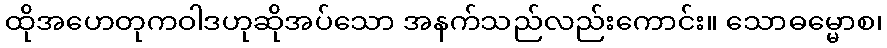
ထိုအဟေတုကဝါဒဟုဆိုအပ်သော အနက်သည်လည်းကောင်း။ သောဓမ္မောစ၊